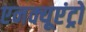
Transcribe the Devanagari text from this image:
एनक्यूएंट्रो